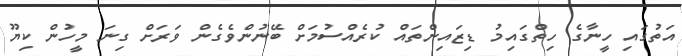
އަތުގައި ހީނާގެ ހިތްގައިމު ޑިޒައިންތައް ކުރެއްސުމަށް ބޭނުންވެގެން ވަރަށް ގިނަ މީހުން ކިޔޫ